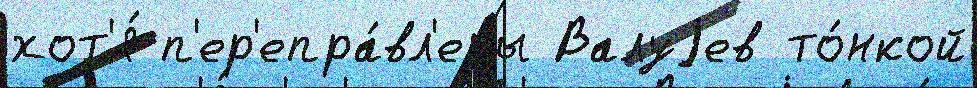
хот'я́ п'ер'епра́вл'ены Валуjев то́нкой